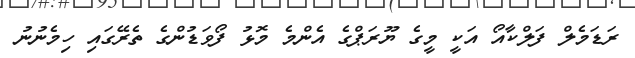
ރަޑަމެލް ފަލްކާއޯ އަކީ މީގެ ޔޫރަޕްގެ އެންމެ މޮޅު ފޯވަޑުންގެ ތެރޭގައި ހިމެނުނު